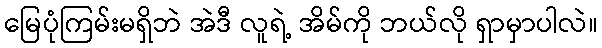
မြေပုံကြမ်းမရှိဘဲ အဲဒီ လူရဲ့ အိမ်ကို ဘယ်လို ရှာမှာပါလဲ။